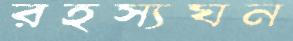
রহস্যঘন